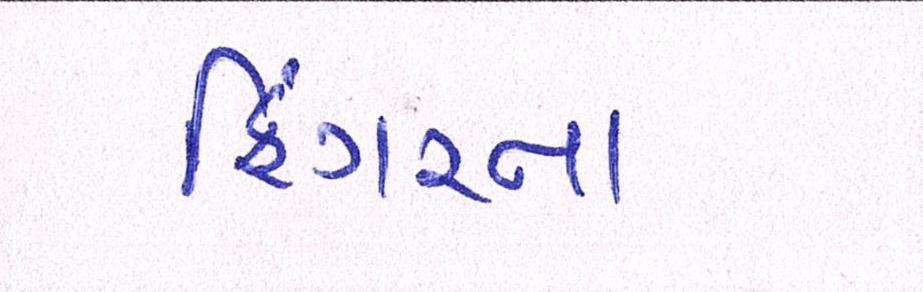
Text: ફિંગરના